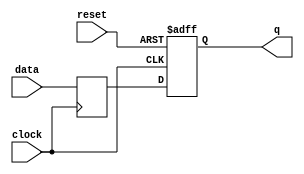
module edge_triggered_latch(
    input data,
    input clock,
    input reset,
    output reg q
);

reg q_next;

always @(posedge clock or negedge reset) begin
    if (reset == 1'b0) begin
        q <= 1'b0;
    end else begin
        q <= q_next;
    end
end

always @(posedge clock) begin
    q_next <= data;
end

endmodule